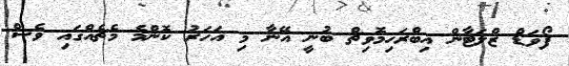
ފޯވަޑް ޒްލަޓާން އިބްރަހިމޮވިޗް ބުނީ އޭނާ މި އަހަރު ކޮންމެ މެޗެއްގައި ވެސް